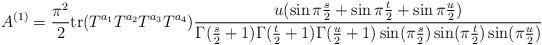
LaTeX: \begin{align*}A^{(1)}= {\pi^2 \over 2} {\rm tr} (T^{a_1}T^{a_2}T^{a_3}T^{a_4}) { u(\sin \pi {s\over 2}+ \sin \pi {t\over 2} + \sin \pi{u\over 2} )\over \Gamma({s\over2}+1) \Gamma({t\over 2}+1) \Gamma({u\over 2}+1)\sin(\pi {s\over 2})\sin(\pi {t\over 2})\sin(\pi {u\over 2})}\end{align*}